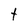
Character: t